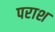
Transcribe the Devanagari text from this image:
पराश